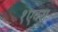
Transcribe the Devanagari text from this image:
१एक्स